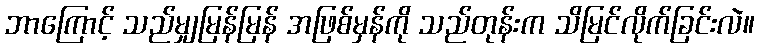
ဘာကြောင့် သည်မျှမြန်မြန် အဖြစ်မှန်ကို သည်တုန်းက သိမြင်လိုက်ခြင်းလဲ။